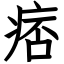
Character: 痞